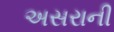
અસરાની